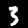
Label: 3